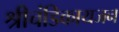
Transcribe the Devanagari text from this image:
श्रीचंडिकायजन